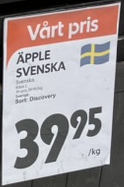
Vara: Äpple
Genomsnittspris: 39.95 per kg